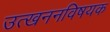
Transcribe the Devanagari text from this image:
उत्खननविषयक